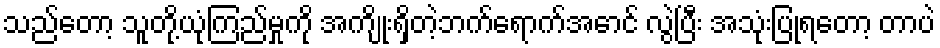
သည်တော့ သူတို့ယုံကြည်မှုကို အကျိုးရှိတဲ့ဘက်ရောက်အောင် လွဲပြီး အသုံးပြုရတော့ တာပဲ